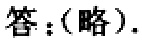
答：（略）.